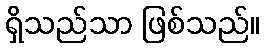
ရှိသည်သာ ဖြစ်သည်။